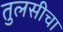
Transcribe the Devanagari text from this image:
तुलसीचा